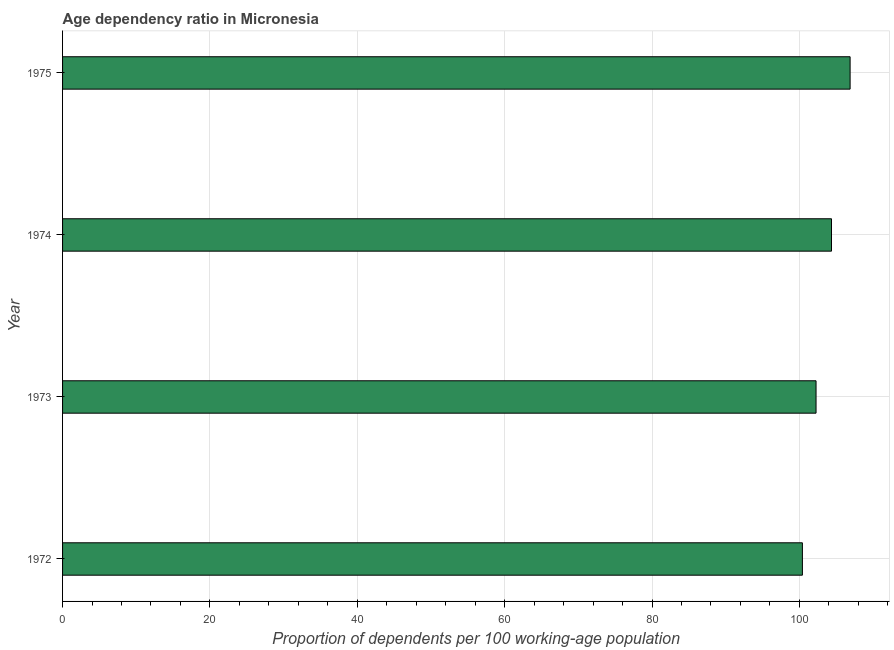
| Year | Age dependency ratio (% of working-age population) |
 | --- | --- |
 | 1972 | 100 |
 | 1973 | 102 |
 | 1974 | 104 |
 | 1975 | 107 |